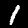
Digit: 1